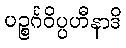
ပဉ္စင်္ဂဝိပ္ပဟီနာဒိ